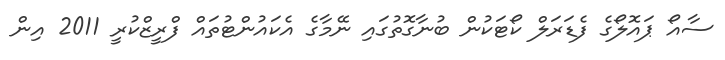
ސާއޯ ޕައޮލޯގެ ފެޑަރަލް ކޯޓަކުން ބުނާގޮތުގައި ނޭމާގެ އެކައުންޓުތައް ފްރީޒްކުރީ 2011 އިން